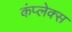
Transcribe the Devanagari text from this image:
कंप्लेक्स